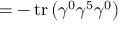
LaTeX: = - \operatorname { t r } \left( \gamma ^ { 0 } \gamma ^ { 5 } \gamma ^ { 0 } \right)